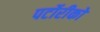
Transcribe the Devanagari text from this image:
पर्टोरीको